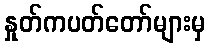
နှုတ်ကပတ်တော်များမှ